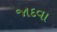
જાદવા